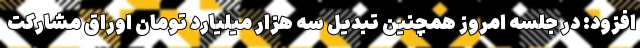
افزود: در جلسه امروز همچنین تبدیل سه هزار میلیارد تومان اوراق مشارکت